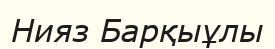
Нияз Барқыұлы